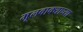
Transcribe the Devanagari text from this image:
मूलवाक्याच्या